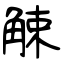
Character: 觫